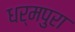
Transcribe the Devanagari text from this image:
धर्मपुरा